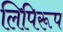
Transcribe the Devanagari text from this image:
लिपिरूप